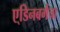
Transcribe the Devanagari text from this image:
ए्डिनबर्गचा